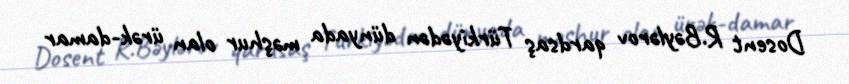
Dosent R.Bəylərov qardsaş Türkiyədən dünyada məşhur olan ürək-damar